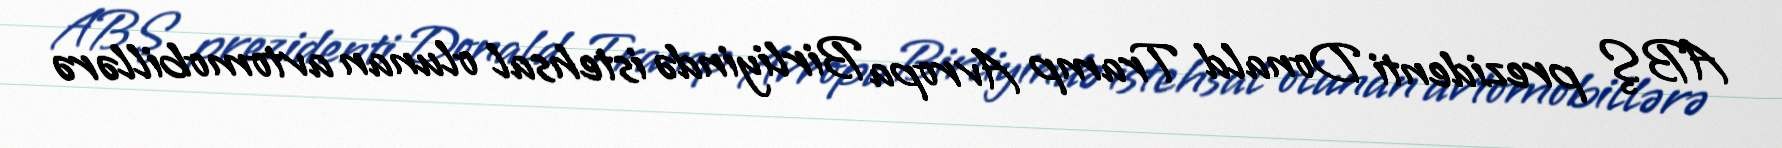
ABŞ prezidenti Donald Tramp Avropa Birliyində istehsal olunan avtomobillərə